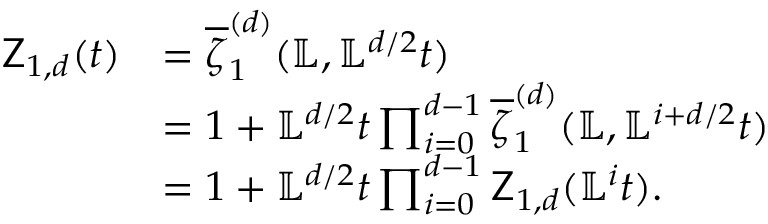
\begin{array} { r l } { \mathsf Z _ { 1 , d } ( t ) } & { = \overline { \zeta } _ { 1 } ^ { ( d ) } ( { \mathbb { L } } , { \mathbb { L } } ^ { d / 2 } t ) } \\ & { = 1 + { \mathbb { L } } ^ { d / 2 } t \prod _ { i = 0 } ^ { d - 1 } \overline { \zeta } _ { 1 } ^ { ( d ) } ( { \mathbb { L } } , { \mathbb { L } } ^ { i + d / 2 } t ) } \\ & { = 1 + { \mathbb { L } } ^ { d / 2 } t \prod _ { i = 0 } ^ { d - 1 } \mathsf Z _ { 1 , d } ( { \mathbb { L } } ^ { i } t ) . } \end{array}